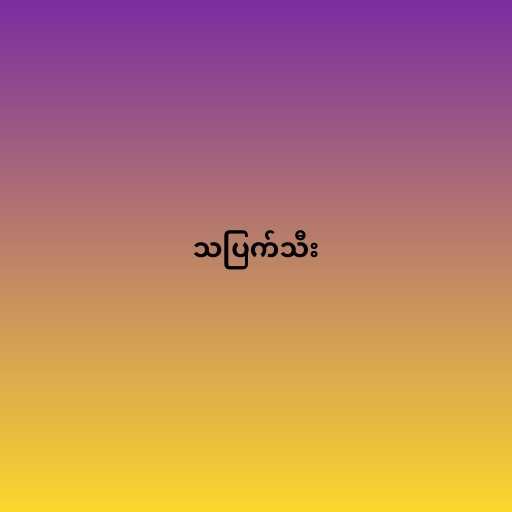
သပြက်သီး